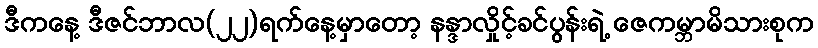
ဒီကနေ့ ဒီဇင်ဘာလ(၂၂)ရက်နေ့မှာတော့ နန္ဒာလှိုင့်ခင်ပွန်းရဲ့ ဇေကမ္ဘာမိသားစုက